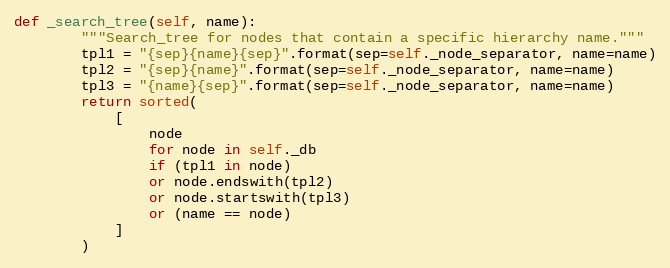
Language: Python
def _search_tree(self, name):
        """Search_tree for nodes that contain a specific hierarchy name."""
        tpl1 = "{sep}{name}{sep}".format(sep=self._node_separator, name=name)
        tpl2 = "{sep}{name}".format(sep=self._node_separator, name=name)
        tpl3 = "{name}{sep}".format(sep=self._node_separator, name=name)
        return sorted(
            [
                node
                for node in self._db
                if (tpl1 in node)
                or node.endswith(tpl2)
                or node.startswith(tpl3)
                or (name == node)
            ]
        )